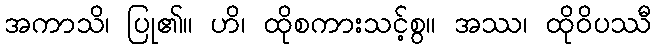
အကာသိ၊ ပြု၏။ ဟိ၊ ထိုစကားသင့်စွ။ အဿ၊ ထိုဝိပဿီ